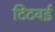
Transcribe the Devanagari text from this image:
टिटवई